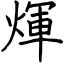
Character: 煇